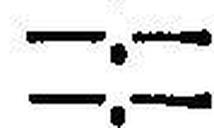
—.—